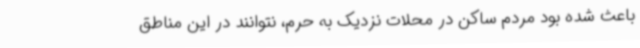
باعث شده بود مردم ساکن در محلات نزدیک به حرم، نتوانند در این مناطق